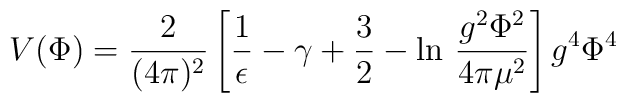
V(\Phi)=\frac{2}{(4\pi)^2}\left[\frac{1}{\epsilon}-\gamma    +\frac{3}{2}-\ln \,\frac{g^2\Phi^2}{4\pi\mu^2}\right]    g^4\Phi^4